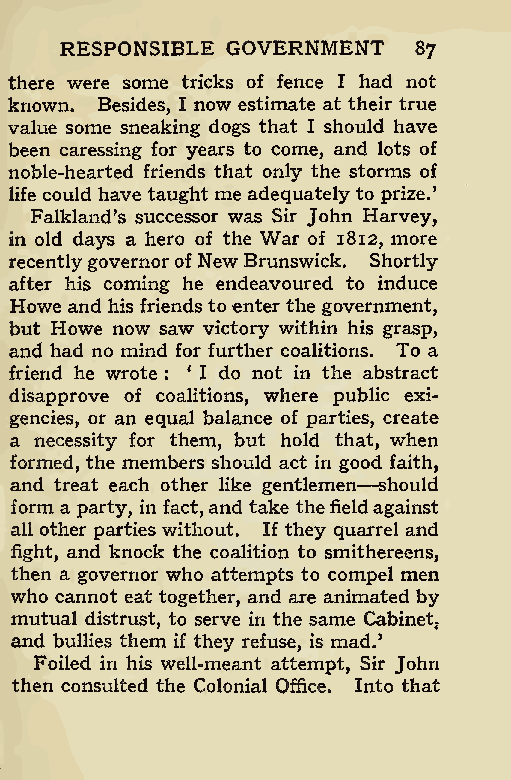
RESPONSIBLE GOVERNMENT
 87
 there were some tricks of fence I had not
 known. Besides, I now estimate at their true
 value some sneaking dogs that I should have
 been caressing for years to come, and lots of
 noble-hearted friends that only the storms of
 life could have taught me adequately to prize.’
 Falkland’s successor was Sir John Harvey,
 in old days a hero of the War of 1812, more
 recentlygovernorof NewBrunswick. Shortly
 after his coming he endeavoured to induce
 Howe and his friends to enter the government,
 but Howe now saw victory within his grasp,
 and had no mind for further coalitions. To a
 friend he wrote : * I do not in the abstract
 disapprove of coalitions, where public exi-
 gencies, or an equal balance of parties, create
 a necessity for them, but hold that, when
 formed, the members should act in go —od faith,
 and treat each other like gentlemen should
 form a party, in fact,and take thefieldagainst
 all other parties without. If they quarrel and
 fight, and knock the coalition to smithereens,
 then a governor who attempts to compel men
 who cannot eat together, and are animated by
 mutual distrust, to serve in the same Cabinet*
 and bullies them if they refuse, is mad.’
 Foiled in his well-meant attempt, Sir John
 then consulted the Colonial Office. Into that